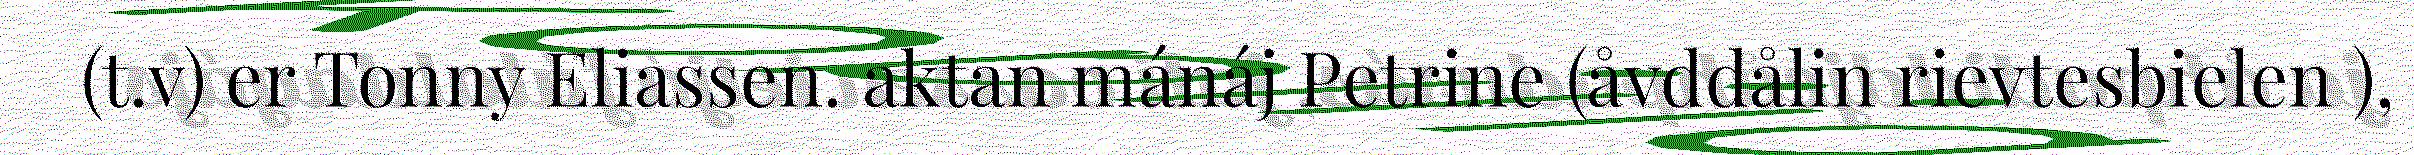
(t.v) er Tonny Eliassen. aktan mánáj Petrine (åvddålin rievtesbielen ),